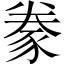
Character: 豢